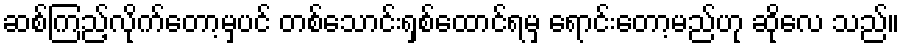
ဆစ်ကြည့်လိုက်တော့မှပင် တစ်သောင်းရှစ်ထောင်ရမှ ရောင်းတော့မည်ဟု ဆိုလေ သည်။